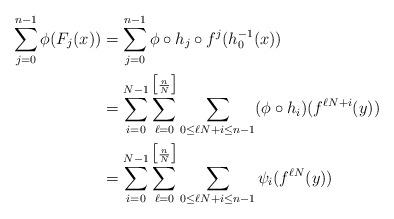
LaTeX: \begin{align*}\sum_{j=0}^{n-1} \phi(F_j(x))& = \sum_{j=0}^{n-1} \phi \circ h_j \circ f^j (h_0^{-1}(x)) \\& = \sum_{i=0}^{N-1} \sum_{\ell=0}^{\big[\frac{n}{N}\big]} \sum_{0\le \ell N+i \le n-1}(\phi \circ h_i) ( f^{\ell N+i}(y))\\& = \sum_{i=0}^{N-1} \sum_{\ell=0}^{\big[\frac{n}{N}\big]} \sum_{0\le \ell N+i \le n-1} \psi_i( f^{\ell N}(y))\end{align*}